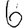
Digit: 6